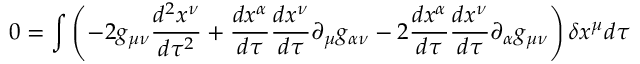
0 = \int \left( - 2 g _ { \mu \nu } { \frac { d ^ { 2 } x ^ { \nu } } { d \tau ^ { 2 } } } + { \frac { d x ^ { \alpha } } { d \tau } } { \frac { d x ^ { \nu } } { d \tau } } \partial _ { \mu } g _ { \alpha \nu } - 2 { \frac { d x ^ { \alpha } } { d \tau } } { \frac { d x ^ { \nu } } { d \tau } } \partial _ { \alpha } g _ { \mu \nu } \right) \delta x ^ { \mu } d \tau